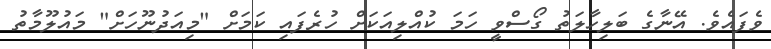
ވެފައެވެ. އޭނާގެ ބަލިހާލަތު ގޯސްވީ ހަމަ ކުއްލިއަކަށް ހުރެފައި ކަމަށް "މިއަދުނޫހަށް" މައުލޫމާތު